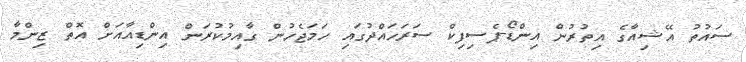
ސައުތު އޭޝިއާގެ އިތުރުން އިންޑޯ-ޕެސިފިކް ސަރަހައްދުގައި ހަމަޖެހުން ގާއިމުކުރަން އިންޑިއާއަށް އޮތް ޒިންމާ